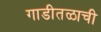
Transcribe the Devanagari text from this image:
गाडीतळाची